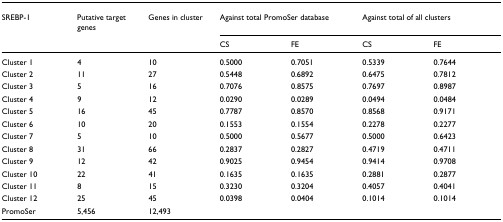
| SREBP-1 | Putative target genes | Genes in cluster | <COLSPAN=2> Against total PromoSer database | <COLSPAN=2> Against total of all clusters |
 |  |  |  | CS | FE | CS | FE |
 | --- | --- | --- | --- | --- | --- | --- |
 | Cluster 1 | 4 | 10 | 0.5000 | 0.7051 | 0.5339 | 0.7644 |
 | Cluster 2 | 11 | 27 | 0.5448 | 0.6892 | 0.6475 | 0.7812 |
 | Cluster 3 | 5 | 16 | 0.7076 | 0.8575 | 0.7697 | 0.8987 |
 | Cluster 4 | 9 | 12 | 0.0290 | 0.0289 | 0.0494 | 0.0484 |
 | Cluster 5 | 16 | 45 | 0.7787 | 0.8570 | 0.8568 | 0.9171 |
 | Cluster 6 | 10 | 20 | 0.1553 | 0.1554 | 0.2278 | 0.2277 |
 | Cluster 7 | 5 | 10 | 0.5000 | 0.5677 | 0.5000 | 0.6423 |
 | Cluster 8 | 31 | 66 | 0.2837 | 0.2827 | 0.4719 | 0.4711 |
 | Cluster 9 | 12 | 42 | 0.9025 | 0.9454 | 0.9414 | 0.9708 |
 | Cluster 10 | 22 | 41 | 0.1635 | 0.1635 | 0.2881 | 0.2877 |
 | Cluster 11 | 8 | 15 | 0.3230 | 0.3204 | 0.4057 | 0.4041 |
 | Cluster 12 | 25 | 45 | 0.0398 | 0.0404 | 0.1014 | 0.1014 |
 | PromoSer | 5,456 | 12,493 |  |  |  |  |